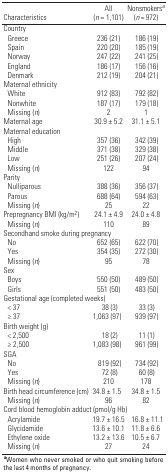
<table><thead><tr><td><b>Characteristics</b></td><td><b>All (n = 1,101) </b></td><td><b>Nonsmokersa (n = 972) </b></td></tr></thead><tbody><tr><td colspan="3">Country</td></tr><tr><td>Greece</td><td>236 (21)</td><td>186 (19)</td></tr><tr><td>Spain</td><td>220 (20)</td><td>185 (19)</td></tr><tr><td>Norway</td><td>247 (22)</td><td>241 (25)</td></tr><tr><td>England</td><td>186 (17)</td><td>156 (16)</td></tr><tr><td>Denmark</td><td>212 (19)</td><td>204 (21)</td></tr><tr><td colspan="3">Maternal ethnicity</td></tr><tr><td>White</td><td>912 (83)</td><td>792 (82)</td></tr><tr><td>Nonwhite</td><td>187 (17)</td><td>179 (18)</td></tr><tr><td>Missing (n)</td><td>2</td><td>1</td></tr><tr><td>Maternal age </td><td>30.9 ± 5.2</td><td>31.1 ± 5.1</td></tr><tr><td colspan="3">Maternal education</td></tr><tr><td>High</td><td>357 (36)</td><td>342 (39)</td></tr><tr><td>Middle</td><td>371 (38)</td><td>329 (38)</td></tr><tr><td>Low</td><td>251 (26)</td><td>207 (24)</td></tr><tr><td>Missing (n)</td><td>122</td><td>94</td></tr><tr><td colspan="3">Parity</td></tr><tr><td>Nulliparous</td><td>388 (36)</td><td>356 (37)</td></tr><tr><td>Parous</td><td>688 (64)</td><td>594 (63)</td></tr><tr><td>Missing (n)</td><td>25</td><td>22</td></tr><tr><td>Prepregnancy BMI (kg/m2)</td><td>24.1 ± 4.9</td><td>24.0 ± 4.8</td></tr><tr><td>Missing (n)</td><td>110</td><td>89</td></tr><tr><td colspan="3">Secondhand smoke during pregnancy</td></tr><tr><td>No</td><td>652 (65)</td><td>622 (70)</td></tr><tr><td>Yes</td><td>354 (35)</td><td>272 (30)</td></tr><tr><td>Missing (n)</td><td>95</td><td>78</td></tr><tr><td>Sex</td></tr><tr><td>Boys</td><td>550 (50)</td><td>489 (50)</td></tr><tr><td>Girls</td><td>551 (50)</td><td>483 (50)</td></tr><tr><td colspan="3">Gestational age (completed weeks) </td></tr><tr><td>&lt; 37</td><td>38 (3)</td><td>33 (3)</td></tr><tr><td>≥ 37</td><td>1,063 (97)</td><td>939 (97)</td></tr><tr><td colspan="3">Birth weight (g) </td></tr><tr><td>&lt; 2,500</td><td>18 (2)</td><td>11 (1)</td></tr><tr><td>≥ 2,500</td><td>1,083 (98)</td><td>961 (99)</td></tr><tr><td colspan="3">SGA</td></tr><tr><td>No</td><td>819 (92)</td><td>734 (92)</td></tr><tr><td>Yes</td><td>72 (8)</td><td>60 (8)</td></tr><tr><td>Missing (n)</td><td>210</td><td>178</td></tr><tr><td>Birth head circumference (cm)</td><td>34.8 ± 1.5</td><td>34.8 ± 1.5</td></tr><tr><td>Missing (n)</td><td>96</td><td>82</td></tr><tr><td colspan="3">Cord blood hemoglobin adduct (pmol/g Hb)</td></tr><tr><td>Acrylamide</td><td>19.7 ± 16.5</td><td>16.8 ± 11.1</td></tr><tr><td>Glycidamide</td><td>13.6 ± 10.1</td><td>11.8 ± 6.6</td></tr><tr><td>Ethylene oxide</td><td>13.2 ± 13.6</td><td>10.5 ± 6.7</td></tr><tr><td>Missing (n)</td><td>27</td><td>24</td></tr><tr><td colspan="3">aWomen who never smoked or who quit smoking before the last4 months of pregnancy.</td></tr></tbody></table>